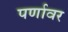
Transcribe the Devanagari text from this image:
पर्णावर